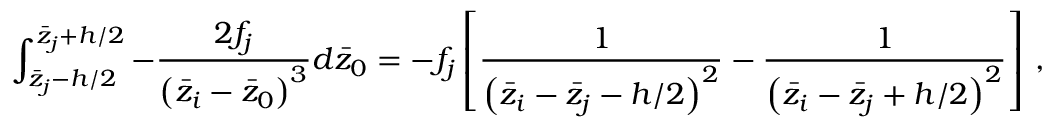
\int _ { \bar { z } _ { j } - h / 2 } ^ { \bar { z } _ { j } + h / 2 } - \frac { 2 f _ { j } } { \left( \bar { z } _ { i } - \bar { z } _ { 0 } \right) ^ { 3 } } d \bar { z } _ { 0 } = - f _ { j } \left[ \frac { 1 } { \left( \bar { z } _ { i } - \bar { z } _ { j } - h / 2 \right) ^ { 2 } } - \frac { 1 } { \left( \bar { z } _ { i } - \bar { z } _ { j } + h / 2 \right) ^ { 2 } } \right] \, ,